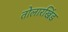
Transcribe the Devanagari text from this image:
तोलारखिंड